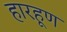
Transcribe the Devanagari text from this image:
हारहूण